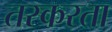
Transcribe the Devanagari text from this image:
तस्करता